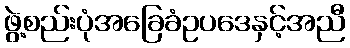
ဖွဲ့စည်းပုံအခြေခံဥပဒေနှင့်အညီ